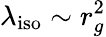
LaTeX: \lambda_{\mathrm{iso}}\sim r_{g}^{2}